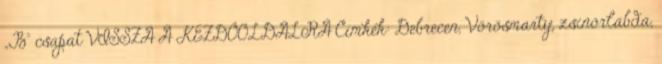
„B” csapat VISSZA A KEZDŐOLDALRA Címkék: Debrecen, Vörösmarty, zsinórlabda,